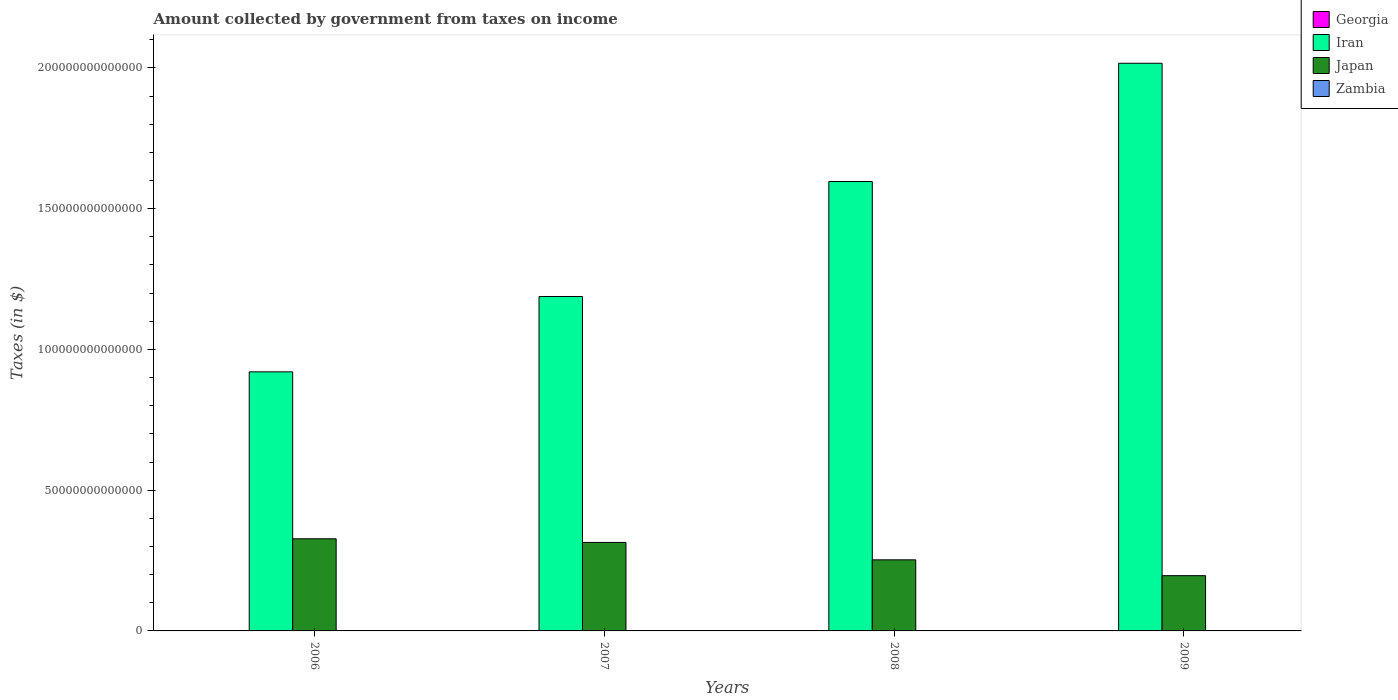
| Years | Georgia | Iran | Japan | Zambia |
 | --- | --- | --- | --- | --- |
 | 2006 | 3.25e+08 | 9.2e+13 | 3.27e+13 | 2.88e+09 |
 | 2007 | 5.33e+08 | 1.19e+14 | 3.14e+13 | 3.34e+09 |
 | 2008 | 1.81e+09 | 1.6e+14 | 2.53e+13 | 4.22e+09 |
 | 2009 | 1.57e+09 | 2.02e+14 | 1.96e+13 | 4.8e+09 |